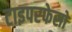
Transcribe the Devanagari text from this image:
टाइपरफेसों